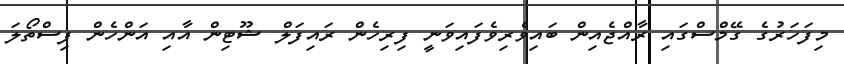
މިފަހަރުގެ ގޭމްސްގައި ރާއްޖެއިން ބައިވެރިވެފައިވަނީ ފިރިހެން ރައިފަލް ޝޫޓިން އާއި އަންހެން ފިސްތޯލަ